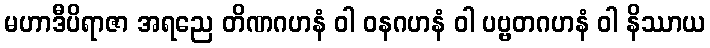
မဟာဒီပိရာဇာ အရညေ တိဏဂဟနံ ဝါ ဝနဂဟနံ ဝါ ပဗ္ဗတဂဟနံ ဝါ နိဿာယ